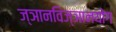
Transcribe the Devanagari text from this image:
ज्ञानविज्ञानयोग